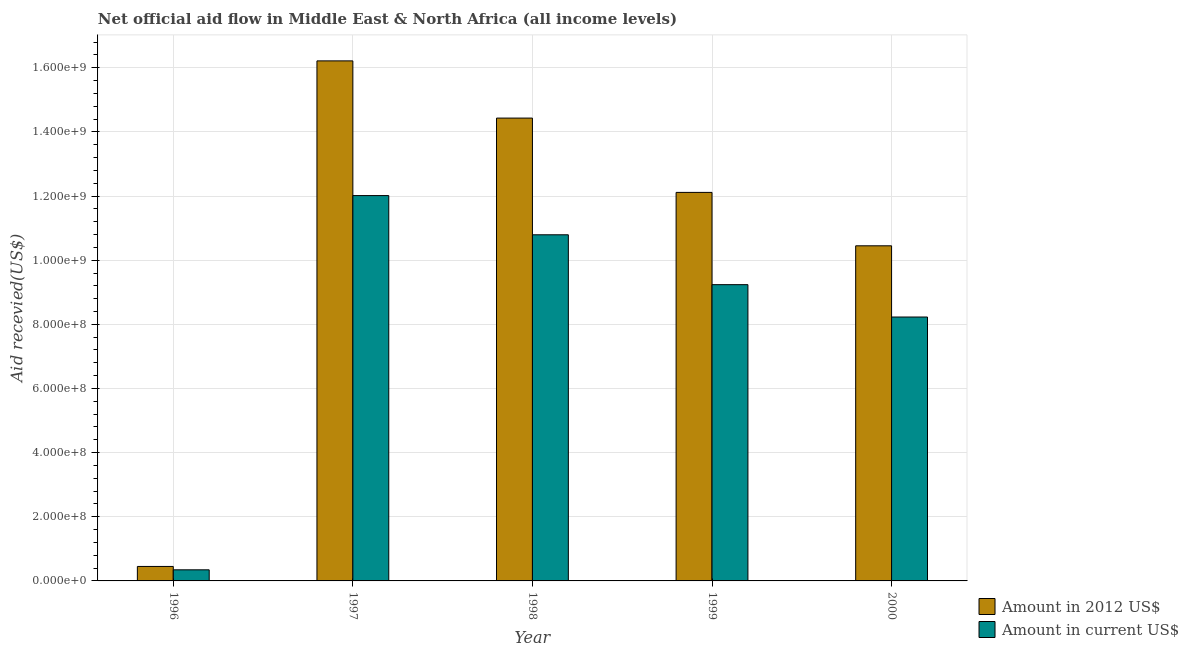
| Year | Amount in 2012 US$ | Amount in current US$ |
 | --- | --- | --- |
 | 1996 | 4.51e+07 | 3.46e+07 |
 | 1997 | 1.62e+09 | 1.2e+09 |
 | 1998 | 1.44e+09 | 1.08e+09 |
 | 1999 | 1.21e+09 | 9.24e+08 |
 | 2000 | 1.04e+09 | 8.23e+08 |